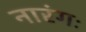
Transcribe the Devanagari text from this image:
नारंगः